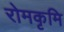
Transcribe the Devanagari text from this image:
रोमकृमि